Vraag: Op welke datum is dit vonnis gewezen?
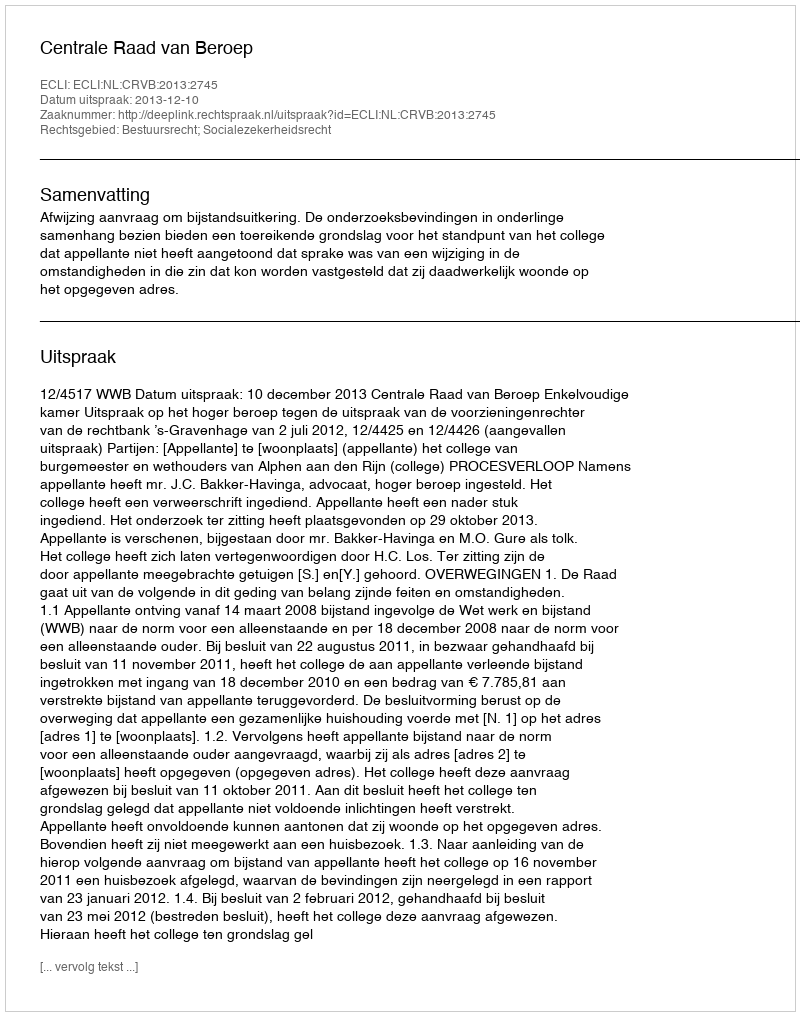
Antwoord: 2013-12-10